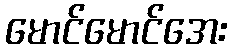
မောင်မောင်အေး